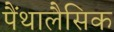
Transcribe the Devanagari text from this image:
पैंथालैसिक